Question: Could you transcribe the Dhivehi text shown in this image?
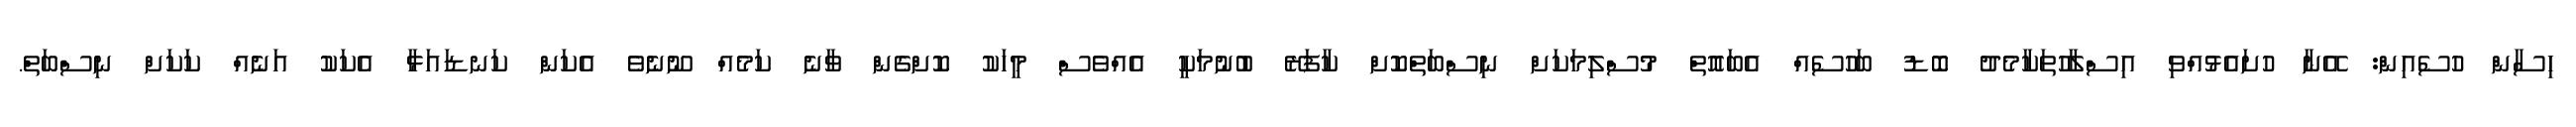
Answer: ހިސާން ހުސެއިން: އޭނާ ހުށައެޅުއްވި އިސްލާހުތަކާމެދު ބޮޑު ބަހުސެއް އެބައޮތް މުސްލިމަކަށް ނިސްބަތްކޮށް ކާފަރޭ ބުނުމަކީ އެއްވެސް މީހަކު ކޮށްގެން ވާނެ ކަމެއް ނޫނެވެ އެކަން ކަނޑައަޅާ އެކަކު އަނެއް ކަކަށް ނިސްބަތް.